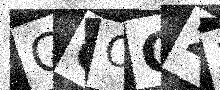
Text: GQOC23